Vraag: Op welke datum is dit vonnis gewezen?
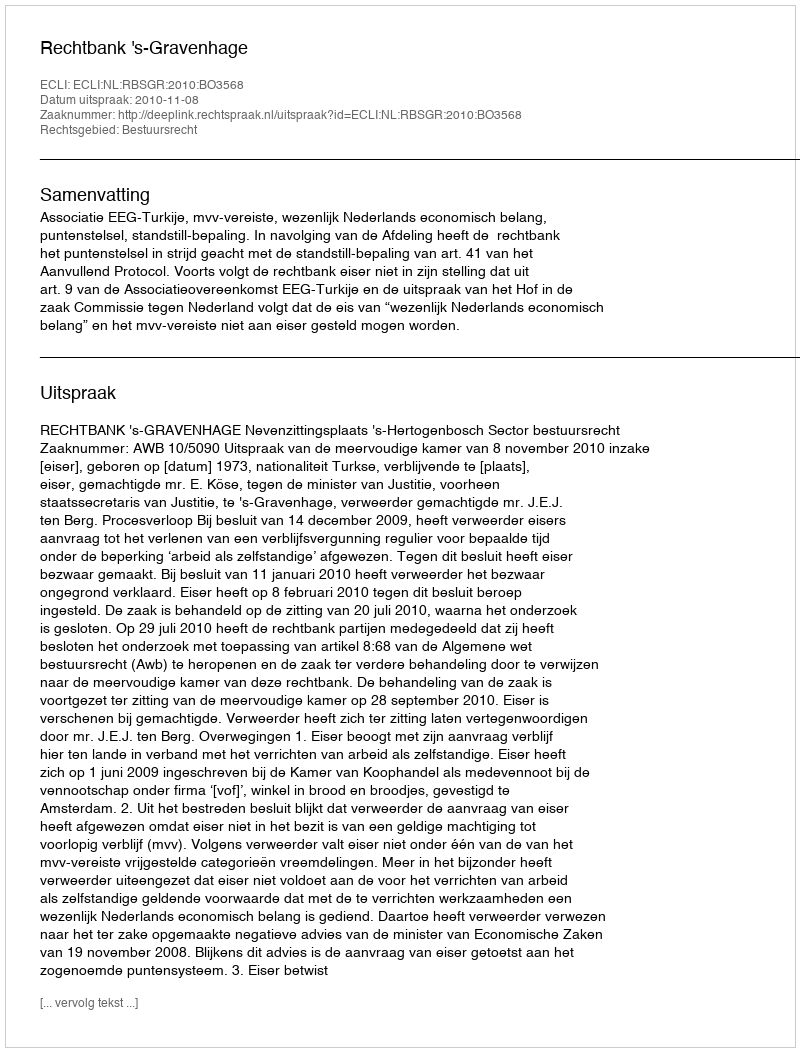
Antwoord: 2010-11-08